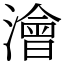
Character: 澮